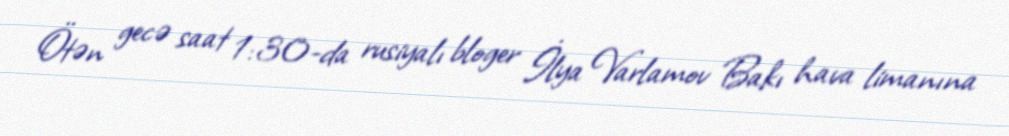
Ötən gecə saat 1:30-da rusiyalı bloger İlya Varlamov Bakı hava limanına